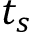
t _ { s }